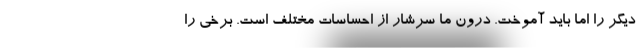
دیگر را اما باید آموخت. درون ما سرشار از احساسات مختلف است. برخی را